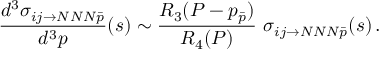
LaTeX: \frac { d ^ { 3 } \sigma _ { i j \rightarrow N N N \bar { p } } } { d ^ { 3 } p } ( s ) \sim \frac { R _ { 3 } ( P - p _ { \bar { p } } ) } { R _ { 4 } ( P ) } \ \sigma _ { i j \rightarrow N N N \bar { p } } ( s ) \, .